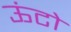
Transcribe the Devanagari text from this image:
ऊंटो